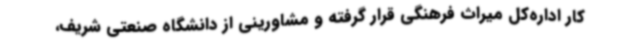
کار اداره‌کل میراث فرهنگی قرار گرفته و مشاورینی از دانشگاه صنعتی شریف،